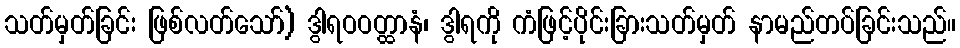
သတ်မှတ်ခြင်း ဖြစ်လတ်သော်) ဒွါရဝဝတ္ထာနံ၊ ဒွါရကို ကံဖြင့်ပိုင်းခြားသတ်မှတ် နာမည်တပ်ခြင်းသည်။